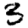
Digit: 3